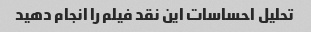
تحلیل احساسات این نقد فیلم را انجام دهید